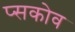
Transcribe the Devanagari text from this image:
प्सकोव